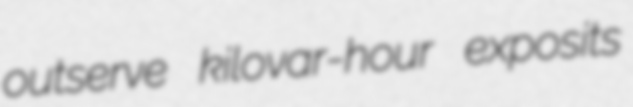
outserve kilovar-hour exposits